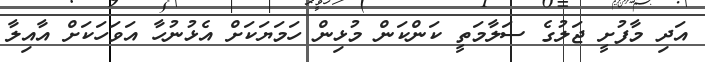
އަދި މާފުށީ ޖަލުގެ ސަލާމަތީ ކަންކަން މުޅިން ހަމަޔަކަށް އެޅުނުހާ އަވަހަކަށް އާއިލާ